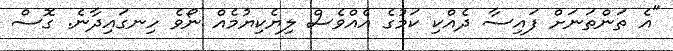
"އެ ތަންތަނަށް ފައިސާ ދެއްކި ކަމުގެ އެއްވެސް ލިޔެކިޔުމެއް ނޯވެ ހިނގައިދާނެ. ގޮސް